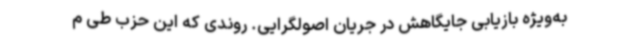
به‌ویژه بازیابی جایگاهش در جریان اصولگرایی. روندی که این حزب طی م